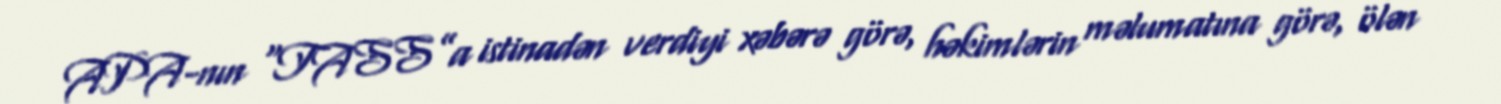
APA-nın “TASS”a istinadən verdiyi xəbərə görə, həkimlərin məlumatına görə, ölən